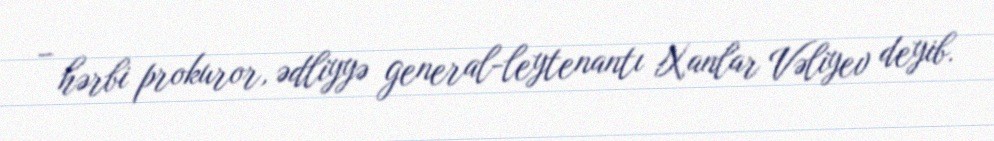
– hərbi prokuror, ədliyyə general-leytenantı Xanlar Vəliyev deyib.